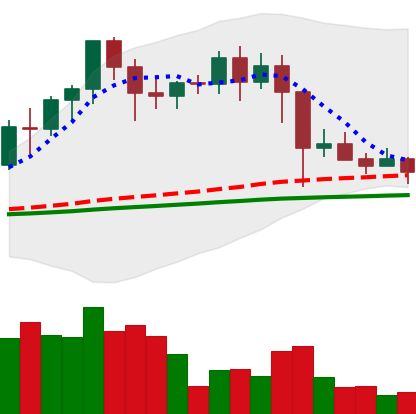
Ticker: EOS-USD
Chart end date: 2021-02-28
Forward return: 6.877%
Label: up_5_7